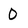
Character: 0